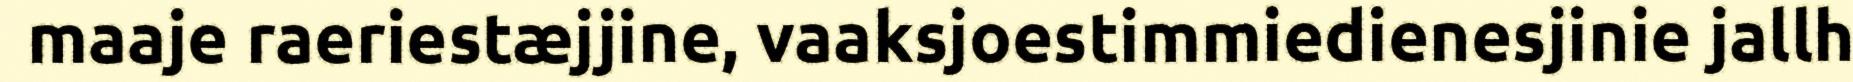
maaje raeriestæjjine, vaaksjoestimmiedienesjinie jallh